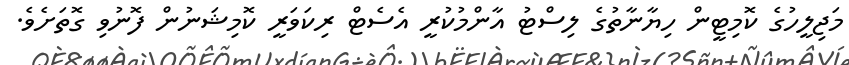
މަޖިލީހުގެ ކޮމިޓީން ހިޔާނާތުގެ ލިސްޓު އާންމުކުރީ އެސެޓް ރިކަވަރީ ކޮމިޝަނުން ފޮނުވި ގޮތަށެވެ.